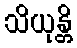
သိယုန္တိ